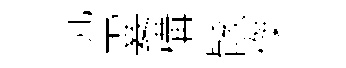
沆霎構骸傑